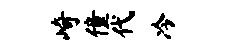
崎僮代冷